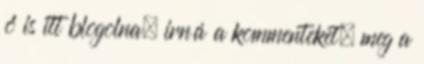
ő is itt blogolna. irná a kommenteket, meg a